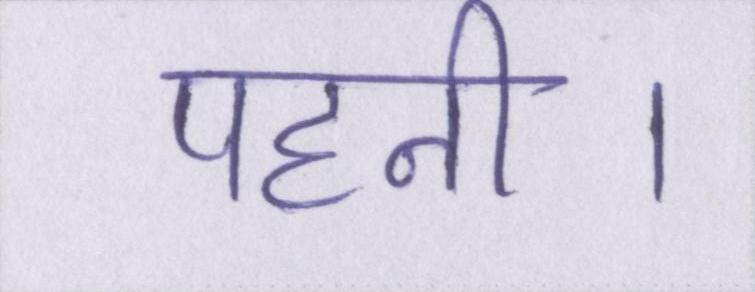
पहनी।